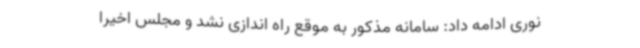
نوری ادامه داد: سامانه مذکور به موقع راه اندازی نشد و مجلس اخیرا